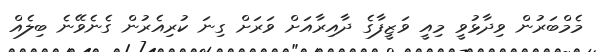
މެމްބަރުން ވިދާޅުވީ މިއީ ވަޒީފާގެ ދާއިރާއަށް ވަރަށް ގިނަ ކުރިއެރުން ގެނެވޭނެ ބިލެއް